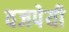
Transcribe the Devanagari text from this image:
वजपेयी